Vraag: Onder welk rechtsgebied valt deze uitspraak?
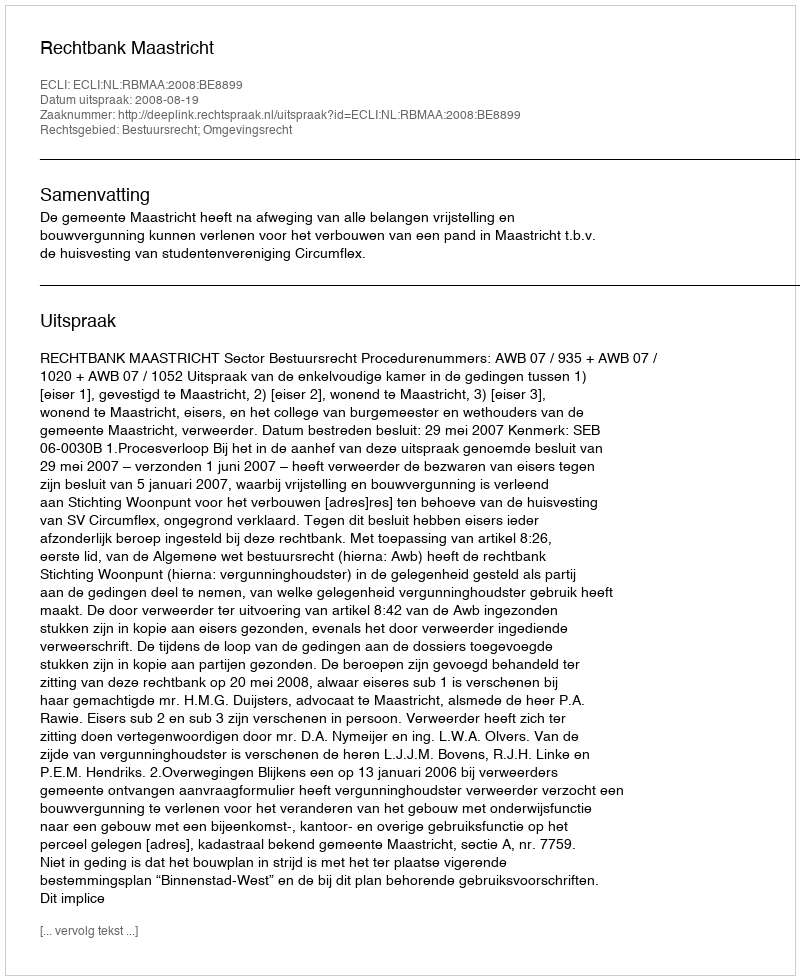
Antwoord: Bestuursrecht; Omgevingsrecht